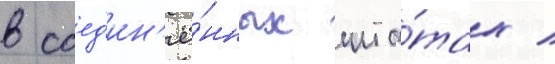
в соед'ин'ё́нных шта́тах /